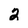
Character: 2